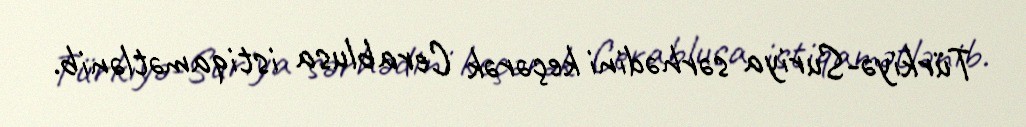
Türkiyə-Suriya sərhədini keçərək Cerablusa istiqamətlənib.